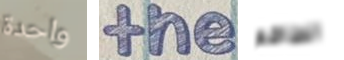
واحدة the الطاقم